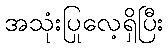
အသုံးပြုလေ့ရှိပြီး